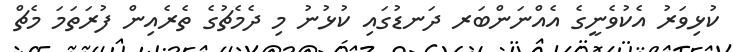
ކުޅިވަރު އެކުވެނީގެ އެއްނަންބަރ ދަނޑުގައި ކުޅުނު މި ދެމެޗުގެ ތެރެއިން ފުރަތަމަ މެޗް